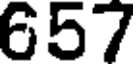
657